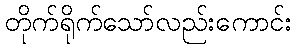
တိုက်ရိုက်သော်လည်းကောင်း